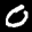
Label: 0